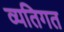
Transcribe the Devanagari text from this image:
व्यतिगत